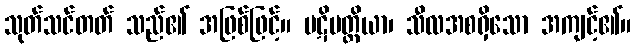
သုတ်သင်တတ် သည်၏ အဖြစ်ဖြင့်။ ပဋိပတ္တိယာ၊ သီလအစရှိသော အကျင့်၏။